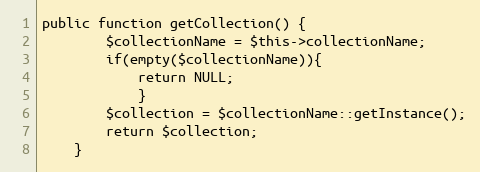
Language: PHP
public function getCollection() {
		$collectionName = $this->collectionName;
		if(empty($collectionName)){
			return NULL;
			}
		$collection = $collectionName::getInstance();
		return $collection;
	}